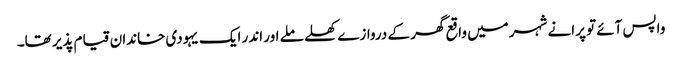
واپس آئے تو پرانے شہر میں واقع گھر کے دروازے کھلے ملے اور اندر ایک یہودی خاندان قیام پذیر تھا۔